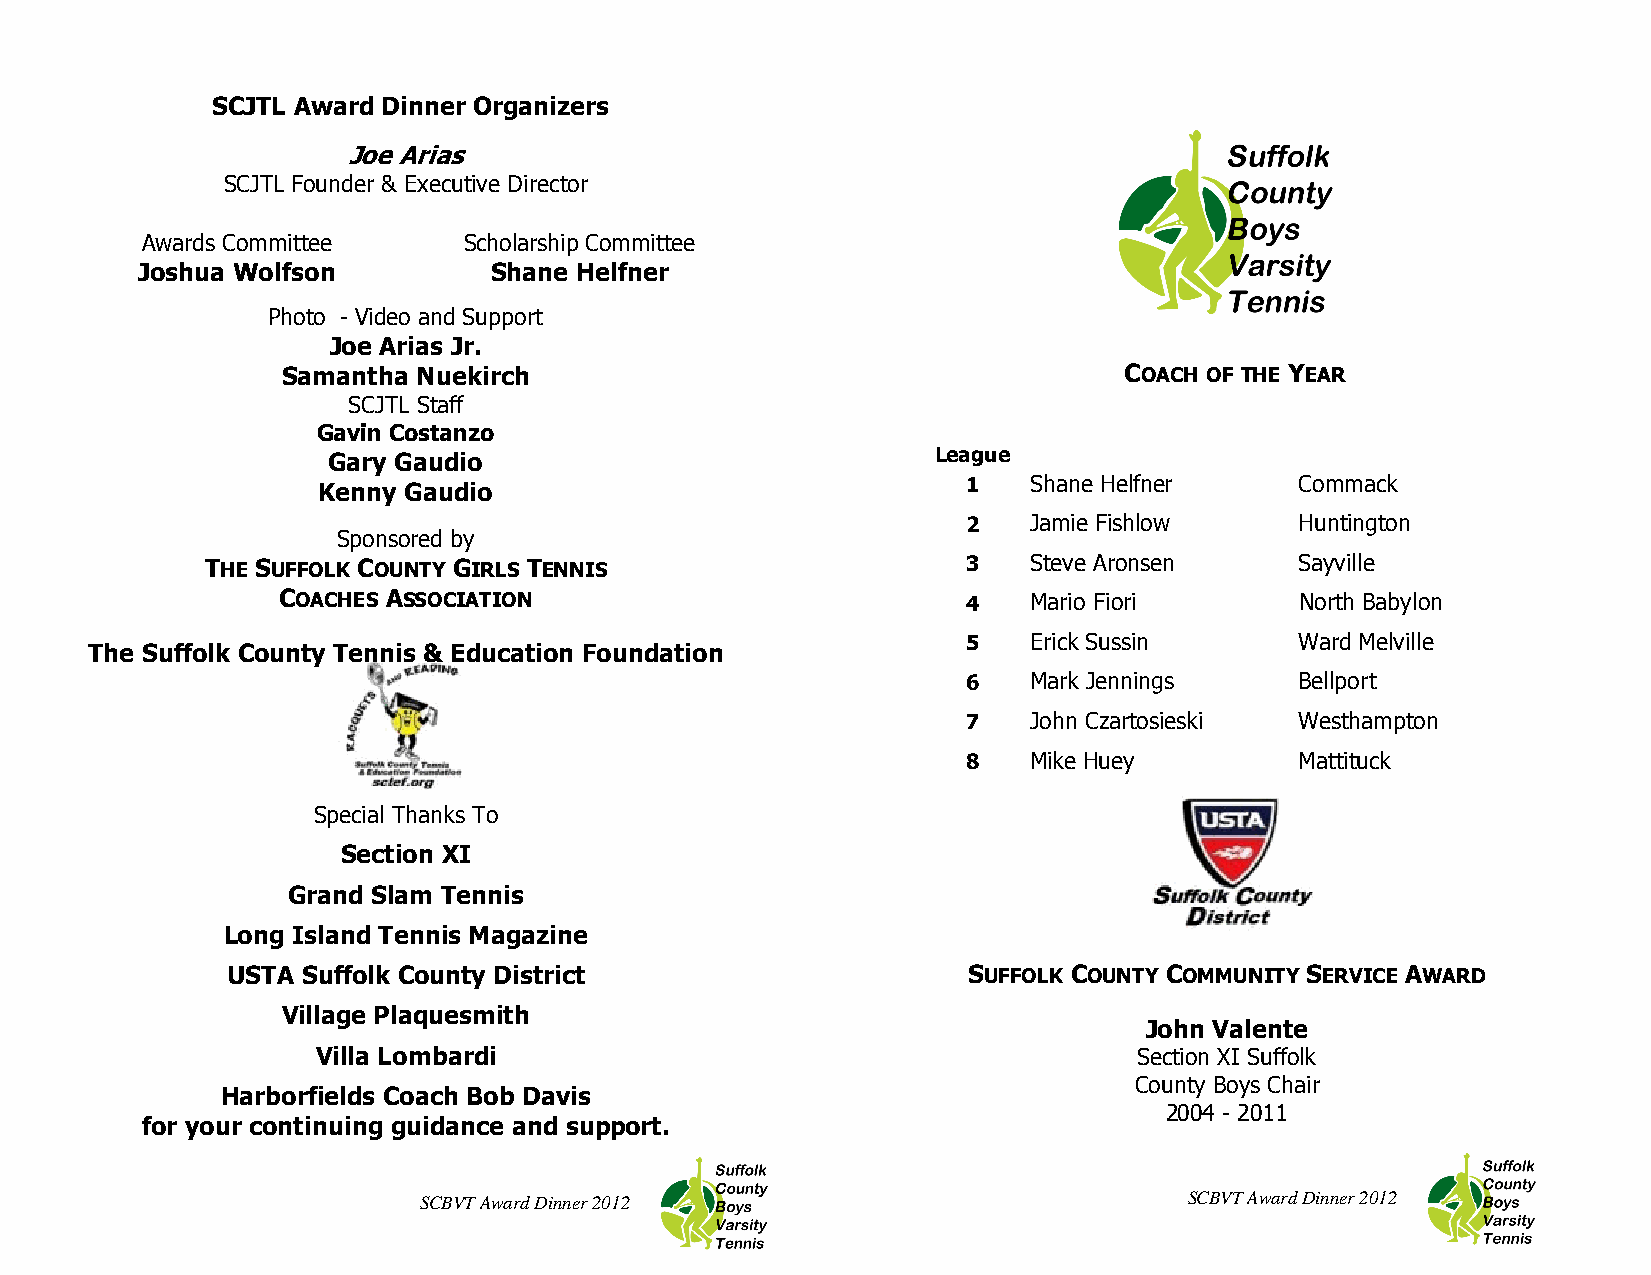
SCJTL Award Dinner Organizers
 Joe Arias
 SCJTL Founder & Executive Director
 Awards Committee      Scholarship Committee
 Joshua Wolfson         Shane Helfner
 Photo - Video and Support
 Joe Arias Jr.
 Samantha Nuekirch                                      COACH OF THE YEAR
 SCJTL Staff
 Gavin Costanzo
 Gary Gaudio                             League
 Kenny Gaudio                               1   Shane Helfner     Commack
 2   Jamie Fishlow     Huntington
 Sponsored by
 THE SUFFOLK COUNTY GIRLS TENNIS                   3   Steve Aronsen     Sayville
 COACHES ASSOCIATION                           4   Mario Fiori       North Babylon
 5   Erick Sussin      Ward Melville
 The Suffolk County Tennis & Education Foundation
 6   Mark Jennings     Bellport
 7   John Czartosieski Westhampton
 8   Mike Huey         Mattituck
 Special Thanks To
 Section XI
 Grand Slam Tennis
 Long Island Tennis Magazine
 USTA Suffolk County District                     SUFFOLK COUNTY COMMUNITY SERVICE AWARD
 Village Plaquesmith
 John Valente
 Villa Lombardi                                        Section XI Suffolk
 County Boys Chair
 Harborfields Coach Bob Davis
 2004 - 2011
 for your continuing guidance and support.
 SCBVT Award Dinner 2012                            SCBVT Award Dinner 2012